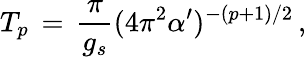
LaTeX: T_{p}\, =\, {\frac{\pi}{g_{s}}}(4\pi^{2}\alpha^{\prime})^{-(p+1)/2}\, ,